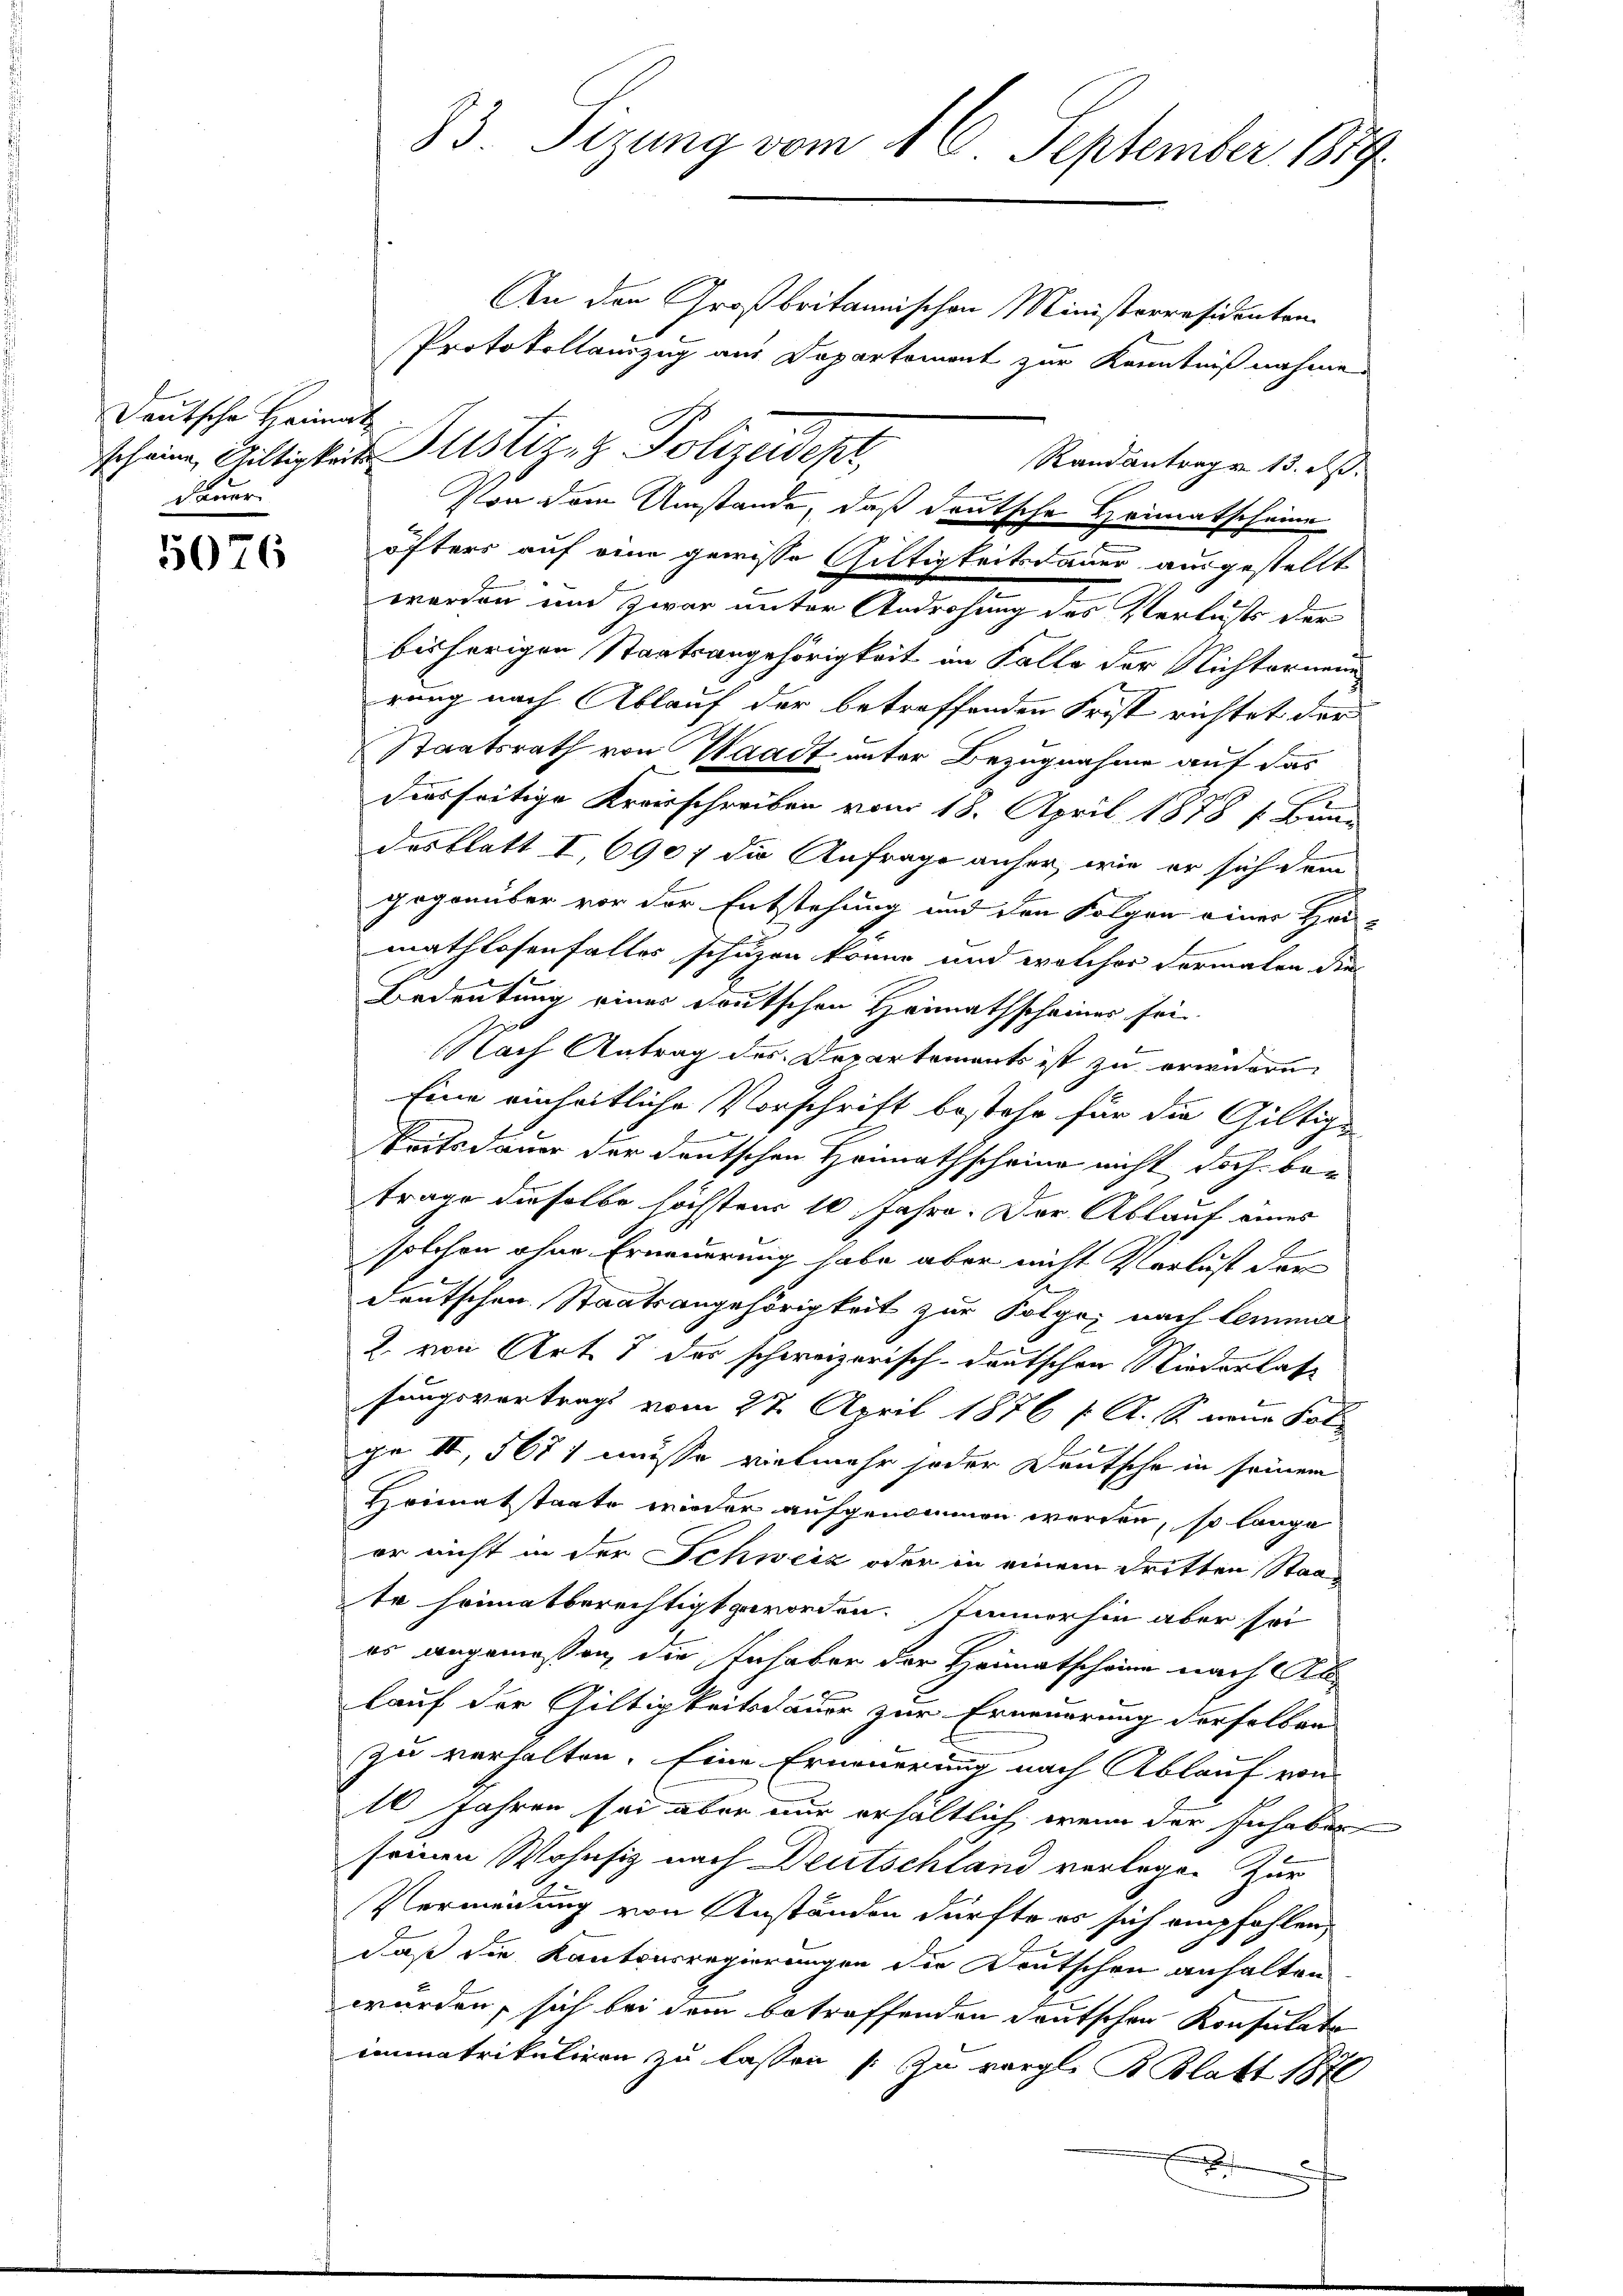
Deutsche Heimat
dauer.

5076

83. Sizung vom 16. September 1879.

An den Großbritannischen Ministerresidenten
Protokollauszug aus Departement zur Kenntniß nahmen
Randantrag v. 13. ds.
Von dem Umstände, daß deutsche Heimatscheine
öfters auf eine gewisse Gültigkeitsdauer ausgestellt
worden und zwar unter Androhung des Verlusts der
bisherigen Staatsangehörigkeit im Falle der Nichterneue
rung nach Ablauf der betreffenden Frist richtet der
Staatsrath von Waadt unter Bezugnahme auf das
diesseitige Kreisschreiben vom 18. April 1878 f. Binne
desblatt I, 6907 die Anfrage anher, wie er sich dem
gegenüber vor der Entstehung und den Folgen einer Hei-
mathlosenfalles schuzen könne und welcher Formalen die
u
Bedeutung einer deutschen Heimathscheiner sei
Nach Antrag des Departements ist zu erwidern.
Eine einheitliche Vorschrift bestehe für die Giltige
keitsdauer der deutschen Heimathscheine nicht doch be- |
trage dieselbe höchstens 10 Jahre. Der Ablauf eines
solchen ohne Erneuerung habe aber nicht Verlust der
deutschen Staatsangehörigkeit zur Folge, nach lemma
2. von Art. 8 des schweizerisch-deutschen Niederlasse
sungsvertrags vom 27. April 1876 [ A. S. neue Fol
ge II, 5671 müsse vielmehr jeder Deutsche in seinem
Heimatstaate wieder aufgenommen werden, so lange
er nicht in der Schweiz oder in einem dritten Staate heimatberechtigt geworden. Immerhin aber sei
es angemeßen, die Inhaber der Heimatscheine nach Allauf der Gültigkeitsdauer zur Erneuerung derselben
zu verhalten. Eine Erneuerung nach Ablauf von
16 Jahren sei aber nur erhältlich, wenn der Inhaber
seinen Wohnsiz nach Deutschland verlege. Zur
Vermeidung von Anständen dürfte es sich empfohlen,
daß die Kantonsregierungen die Deutschen anhalten
wurden, sich bei dem betreffenden deutschen Konsulato
immatrikuliren zu lassen [zu vergl. B. Blatt 1871
e
x

scheine Gültigkeit Zustizez Polizeidept.